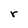
Character: r